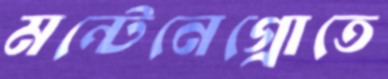
মন্টেনেগ্রোতে